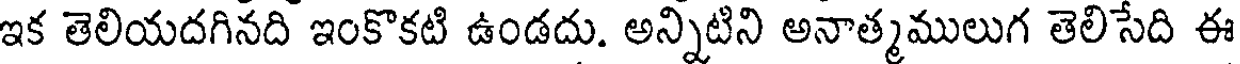
ఇక తెలియదగినది ఇంకొకటి ఉండదు. అన్నిటిని అనాత్మములుగ తెలిసేది ఈ